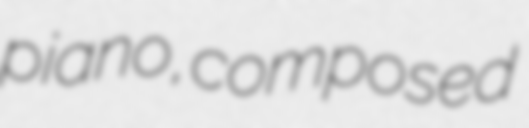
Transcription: piano, composed